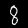
Digit: 8